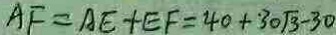
A F = A E + E F = 4 0 + 3 0 \sqrt { 3 } - 3 0